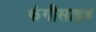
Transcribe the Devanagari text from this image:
फंगीसाइड